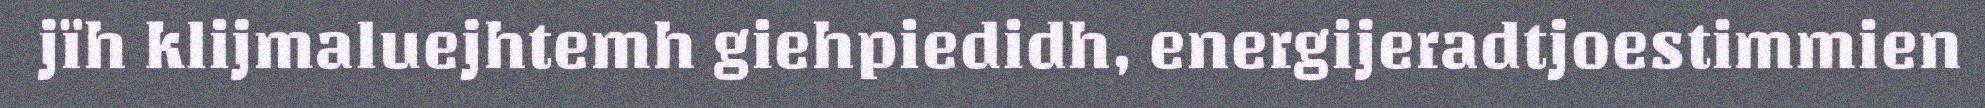
jïh klijmaluejhtemh giehpiedidh, energijeradtjoestimmien